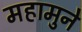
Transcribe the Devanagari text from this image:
महामुने